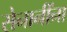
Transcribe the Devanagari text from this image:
सेनानींना